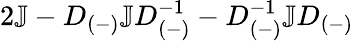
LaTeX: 2\mathbb{J}-D_{(-)}\mathbb{J}D_{(-)}^{-1}-D_{(-)}^{-1}\mathbb{J}D_{(-)}